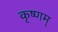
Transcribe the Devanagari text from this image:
कृष्णम्